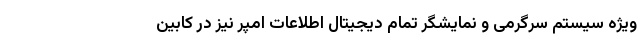
ویژه سیستم سرگرمی و نمایشگر تمام دیجیتال اطلاعات امپر نیز در کابین